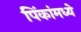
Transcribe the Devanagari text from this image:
पिंकांमध्ये